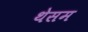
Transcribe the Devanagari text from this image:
थेसम